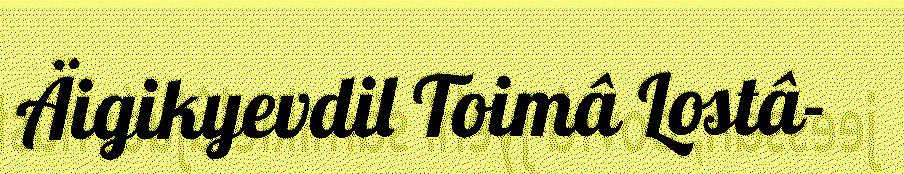
Äigikyevdil Toimâ Lostâ-